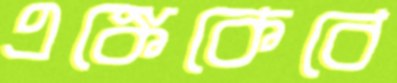
এঙ্কেকেবে